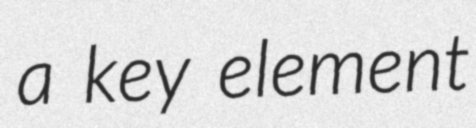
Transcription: a key element